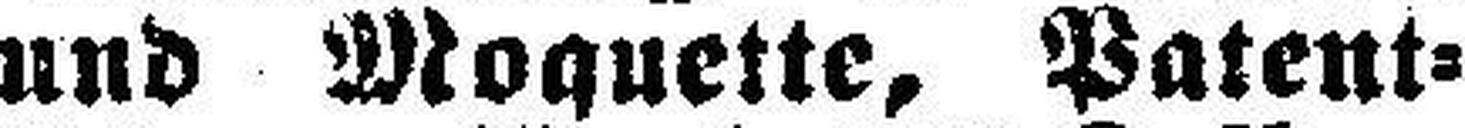
und Moquette, Patent=